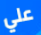
علي